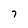
Character: 7